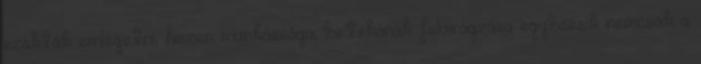
szokták emlegetni, hiszen munkássága, birtokának felvirágzása egybeesik nemcsak a